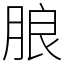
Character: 朖